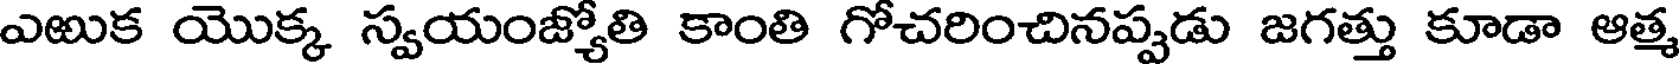
ఎఱుక యొక్క స్వయంజ్యోతి కాంతి గోచరించినప్పడు జగత్తు కూడా ఆత్మ